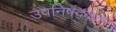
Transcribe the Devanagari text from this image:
उपनिषद्काल